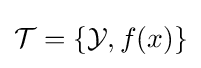
{\mathcal {T}}=\{{\mathcal {Y}},f(x)\}